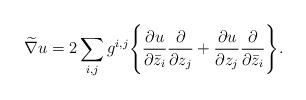
LaTeX: \begin{align*}\widetilde{\nabla}u=2\sum_{i,j} g^{i,j}\Bigg\{\frac{\partial u}{\partial \bar{z}_i} \frac{\partial}{\partial z_j}+\frac{\partial u}{\partial z_j} \frac{\partial}{\partial \bar{z}_i} \Bigg\}.\end{align*}